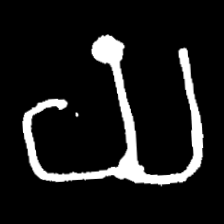
Pyu character \u2014 Myanmar letter: ယ (romanized: ya)